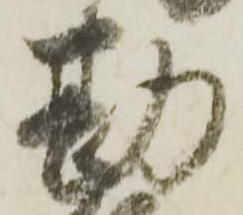
勘